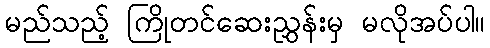
မည်သည့် ကြိုတင်ဆေးညွှန်းမှ မလိုအပ်ပါ။